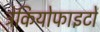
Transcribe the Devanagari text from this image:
ट्रेकियोफाइटों